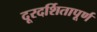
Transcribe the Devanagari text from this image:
दूरदर्शितापूर्ण